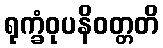
ရုက္ခံဝုပနိဝတ္တတိ